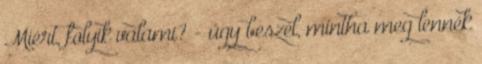
Miért, folyik valami? - úgy beszél, mintha meg lennék